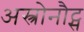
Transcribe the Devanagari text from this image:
अस्त्रोनौट्स